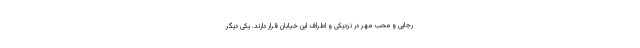
رجایی و محب مهر در نزدیکی و اطراف این خیابان قرار دارند. یکی دیگر